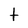
Character: t